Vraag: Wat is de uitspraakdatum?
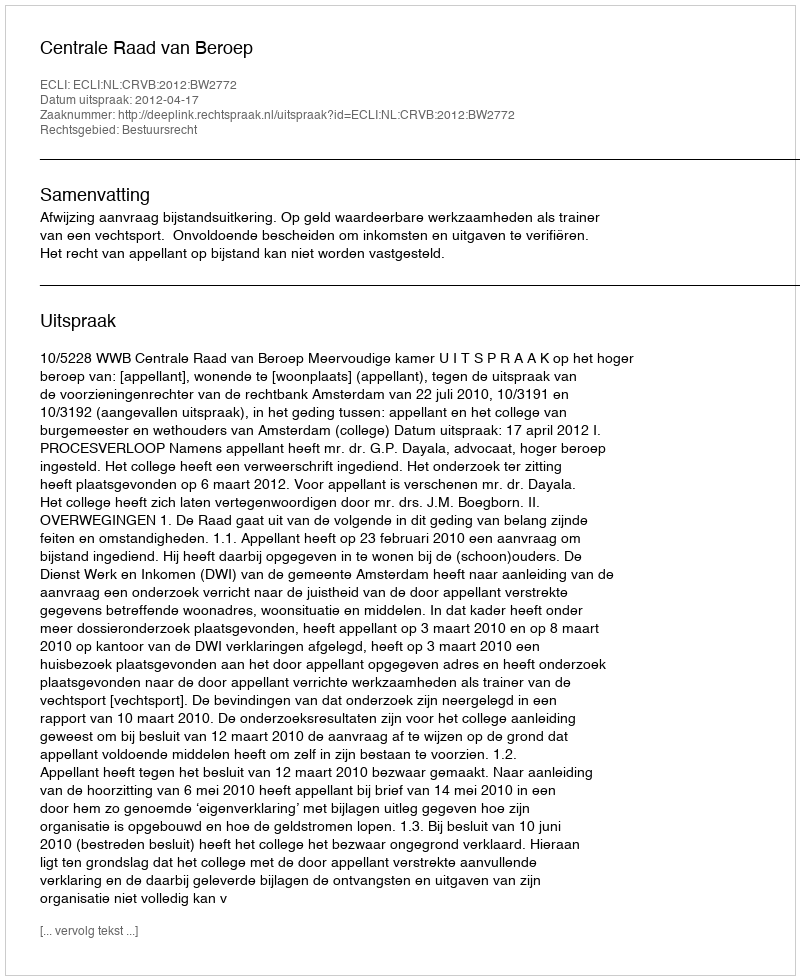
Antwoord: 2012-04-17